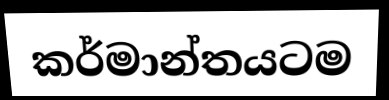
කර්මාන්තයටම